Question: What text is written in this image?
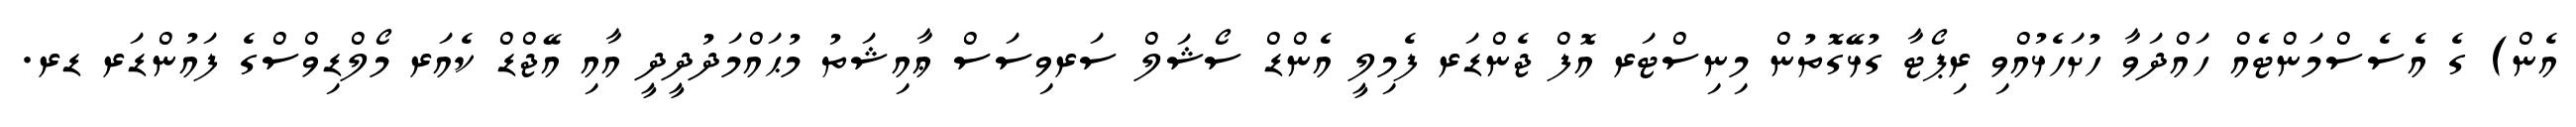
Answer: އެން) ގެ އެސެސްމަންޓެއް ހައްދަވާ ހުށަހެޅުއްވި ރިޕޯޓާ ގުޅޭގޮތުން މިނިސްޓަރ އޮފް ޖެންޑަރ ފެމިލީ އެންޑް ސޯޝަލް ސަރވިސަސް ޢާއިޝަތު މުޙައްމަދުދީދީ އާއި އޭޖްޑް ކެއަރ މޯލްޑިވްސްގެ ފައުންޑަރ ޑރ.